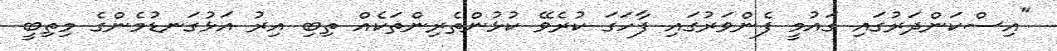
"އިސްކަންދަރުގައި ގައުމީ ފެންވަރުގައި ފާހަގަ ކުރެވޭ ކުޅުންތެރިންތަކެއް ތިބި އިރު އަޅުގަނޑުމެންގެ މިތިބީ